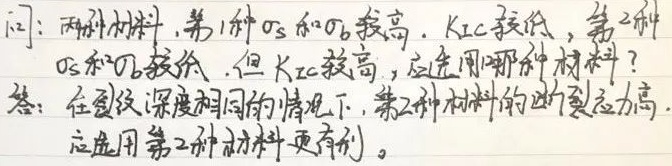
问：两种材料，第1种 $\sigma_s$ 和 $\sigma_b$ 较高，$K_{IC}$ 较低，第2种 $\sigma_s$ 和 $\sigma_b$ 较低，但 $K_{IC}$ 较高，应选用哪种材料？
答：在裂纹深度相同的情况下，第2种材料的断裂应力高，应选用第2种材料更有利。